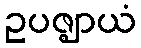
ဥပဇ္ဈာယံ